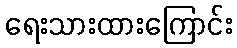
ရေးသားထားကြောင်း